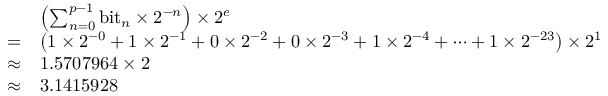
{ \begin{array} { r l } & { \left( \sum _ { n = 0 } ^ { p - 1 } { \mathrm { b i t } } _ { n } \times 2 ^ { - n } \right) \times 2 ^ { e } } \\ { = } & { \left( 1 \times 2 ^ { - 0 } + 1 \times 2 ^ { - 1 } + 0 \times 2 ^ { - 2 } + 0 \times 2 ^ { - 3 } + 1 \times 2 ^ { - 4 } + \cdots + 1 \times 2 ^ { - 2 3 } \right) \times 2 ^ { 1 } } \\ { \approx } & { 1 . 5 7 0 7 9 6 4 \times 2 } \\ { \approx } & { 3 . 1 4 1 5 9 2 8 } \end{array} }